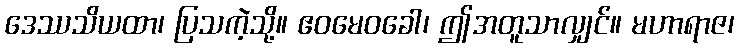
ဒေဿသိယထာ၊ ပြသကဲ့သို့။ ဧဝမေဝခေါ၊ ဤအတူသာလျှင်။ မဟာရာဇ၊